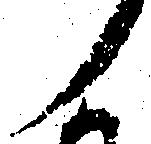
ノ